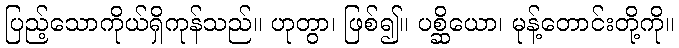
ပြည့်သောကိုယ်ရှိကုန်သည်။ ဟုတွာ၊ ဖြစ်၍။ ပစ္ဆိယော၊ မုန့်တောင်းတို့ကို။